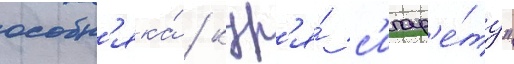
особн'яка́ / кур'я́ с'игар'е́ту"